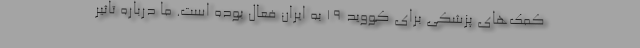
کمک‌های پزشکی برای کووید 19 به ایران فعال بوده است. ما درباره تاثیر